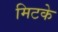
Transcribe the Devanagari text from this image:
मिटके